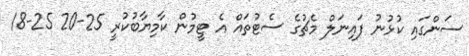
ސަންގައި ކުޅުނު ފައިނަލް މެޗުގެ ސެޓުތައް އެ ޓީމުން ކާމިޔާބުކުރީ 25-20 25-18